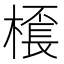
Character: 𣛓